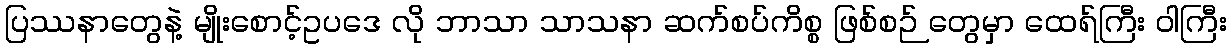
ပြဿနာတွေနဲ့ မျိုးစောင့်ဥပဒေ လို ဘာသာ သာသနာ ဆက်စပ်ကိစ္စ ဖြစ်စဉ် တွေမှာ ထေရ်ကြီး ဝါကြီး